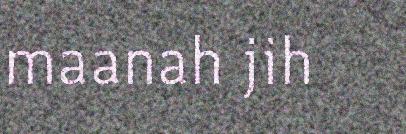
maanah jih